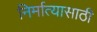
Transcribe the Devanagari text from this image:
निर्मात्यासाठी